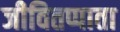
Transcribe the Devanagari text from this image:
जीवितप्पाता